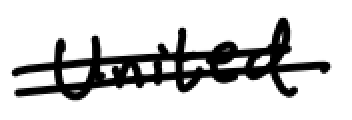
Text: United
Cross-out: double-line
Writing tool: digital_black